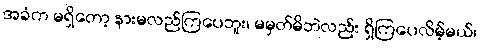
အခံက မရှိတော့ နားမလည်ကြပေဘူး၊ မမှတ်မိဘဲလည်း ရှိကြပေလိမ့်မယ်၊